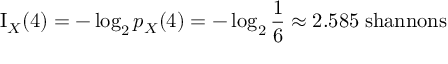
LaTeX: \operatorname { I } _ { X } ( 4 ) = - \log _ { 2 } { p _ { X } { ( 4 ) } } = - \log _ { 2 } { \frac { 1 } { 6 } } \approx 2 . 5 8 5 \; { \mathrm { s h a n n o n s } }